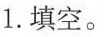
1. 填空。